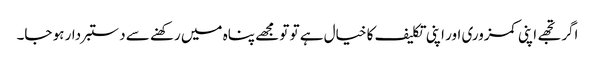
اگر تجھے اپنی کمزوری اور اپنی تکلیف کا خیال ہے تو تو مجھے پناہ میں رکھنے سے دستبردار ہو جا۔